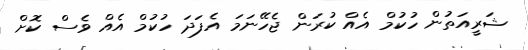
ޝަރީއަތުން ހުކުމް އެއް ކުރަން ޖެހޭނަމަ އެފަދަ ހުކުމް އެއް ވެސް ކޮށް